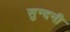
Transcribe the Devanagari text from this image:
सुन्दनी